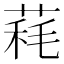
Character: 𦳁